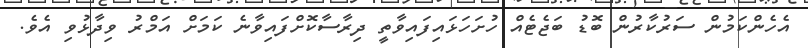
އެހެންކަމުން ސަރުކާރުން ބޮޑު ބަޖެޓެއް ހުށަހަޅައިފައިވާތީ ދިރާސާކޮށްފައިވާނެ ކަމަށް އަމްރު ވިދާޅުވި އެވެ.